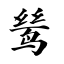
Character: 鸶